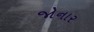
જોનાર